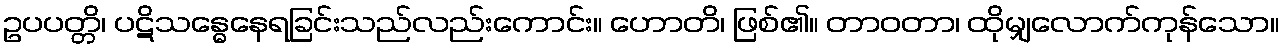
ဥပပတ္တိ၊ ပဋိသန္ဓေနေရခြင်းသည်လည်းကောင်း။ ဟောတိ၊ ဖြစ်၏။ တာဝတာ၊ ထိုမျှလောက်ကုန်သော။